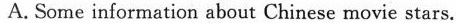
A. Some information about Chinese movie stars.